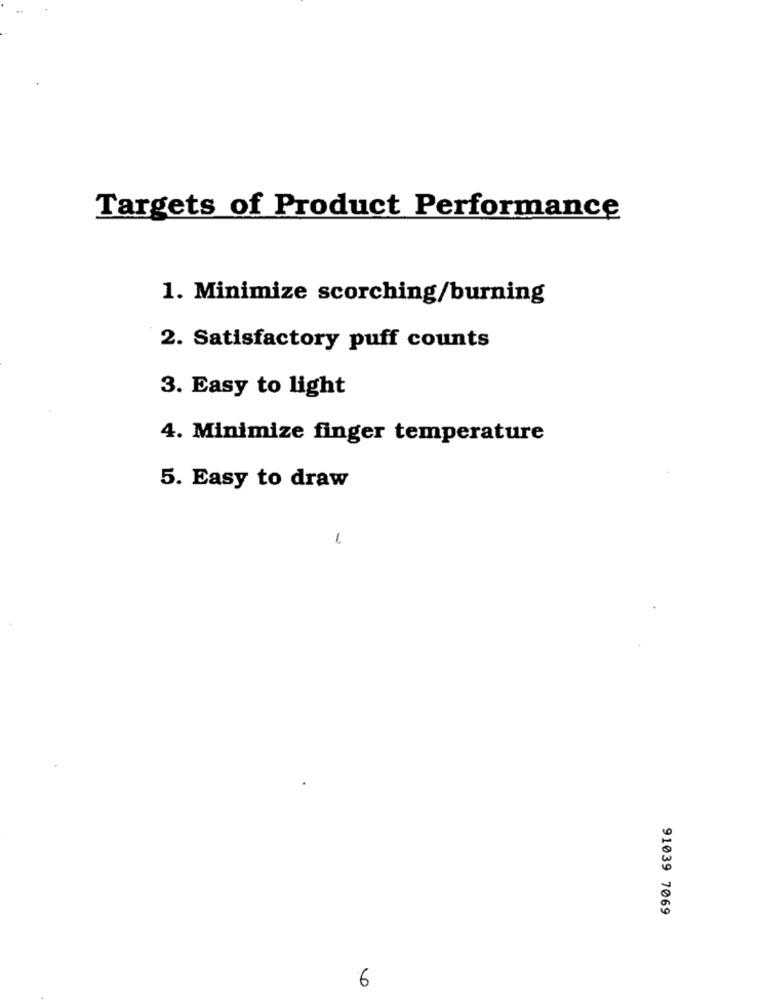
Targets of Product Performance
1. Minimize scorching/burning
2. Satisfactory puff counts
3. Easy to light
4. Minimize finger temperature
5. Easy to draw
-
91039 7069
6